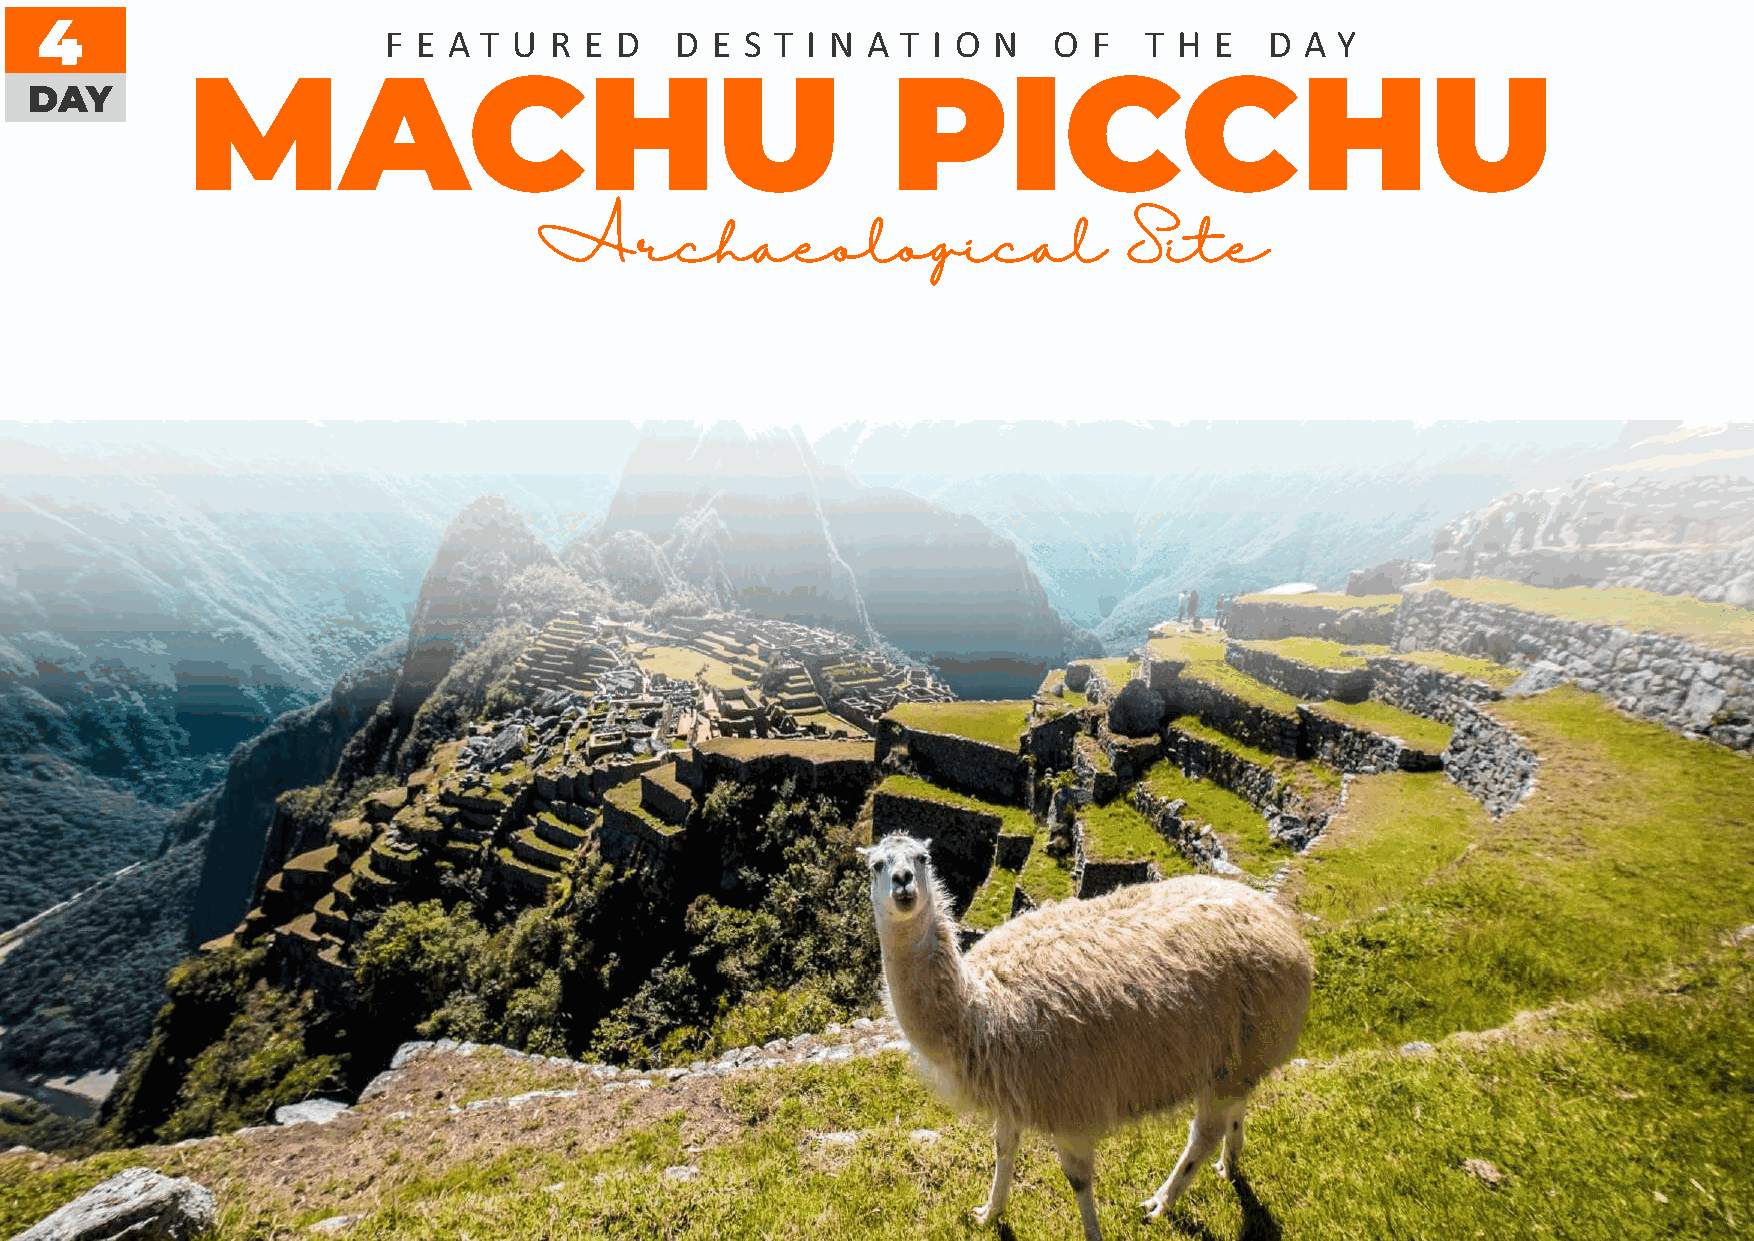
4
 F E A T U R  E D   D E S T I N A  T I O N   O F   T H E   D A  Y
 MACHU                                          PICCHU
 DAY
 Archaeological                          Site